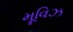
મૂવિઝ